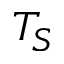
T _ { S }